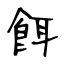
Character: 餌